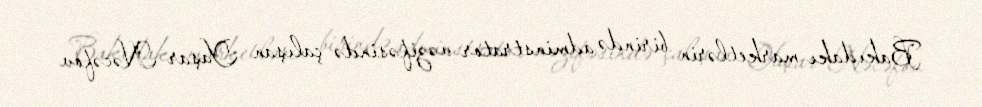
Bakıdakı marketlərin birində adminstrator vəzifəsində çalışan Yaşar Nəcəfov